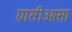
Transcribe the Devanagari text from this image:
ग्रासीओसा